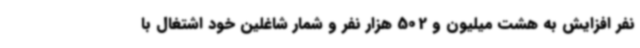
نفر افزایش به هشت میلیون و 502 هزار نفر و شمار شاغلین خود اشتغال با